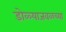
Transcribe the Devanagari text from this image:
डोळ्याजवळच्या